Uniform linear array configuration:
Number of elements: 64
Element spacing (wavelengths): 0.25
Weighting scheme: hamming
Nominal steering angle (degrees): -15
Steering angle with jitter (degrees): -14.069
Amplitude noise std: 0.05
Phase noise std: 0.05

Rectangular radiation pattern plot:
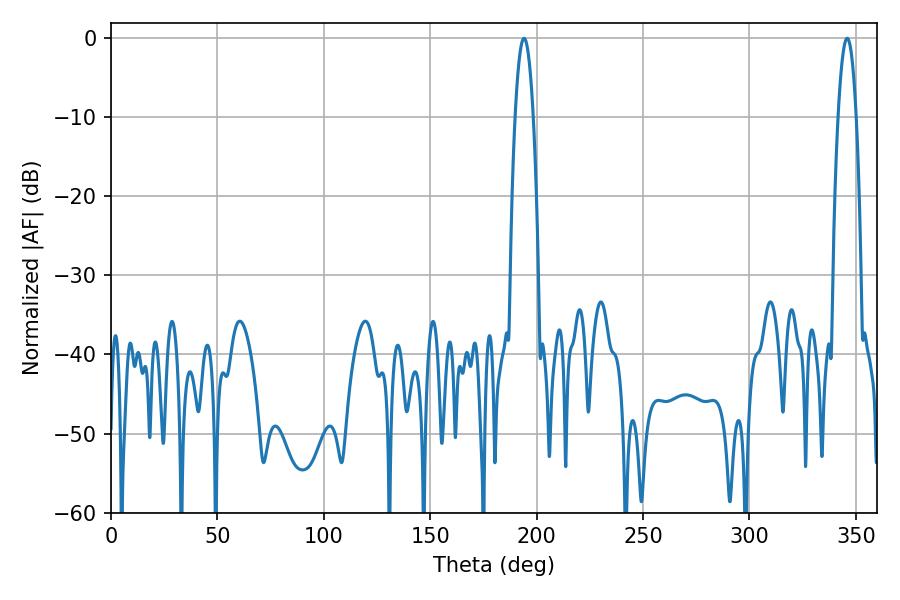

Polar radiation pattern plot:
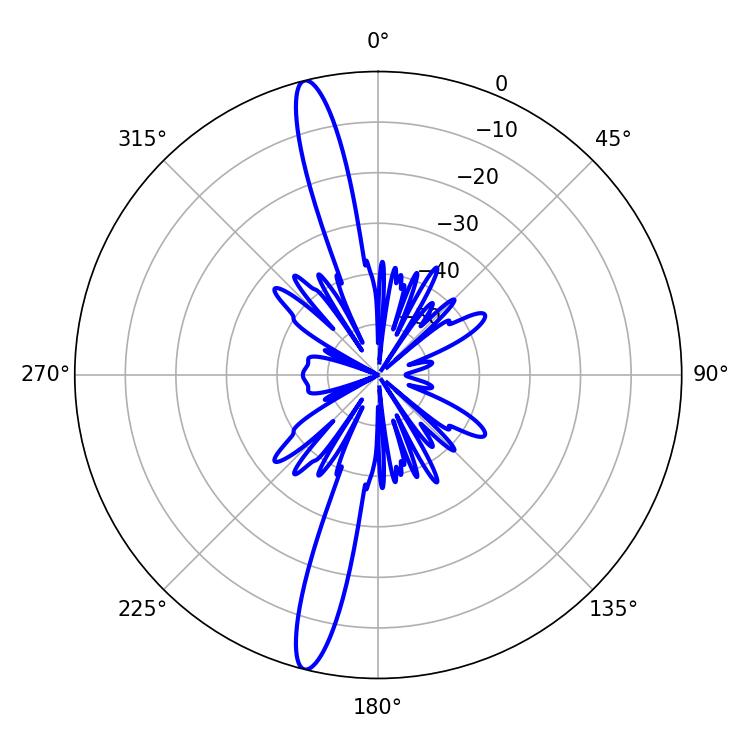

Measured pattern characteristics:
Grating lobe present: FALSE
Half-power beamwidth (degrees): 4.68
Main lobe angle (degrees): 194.04